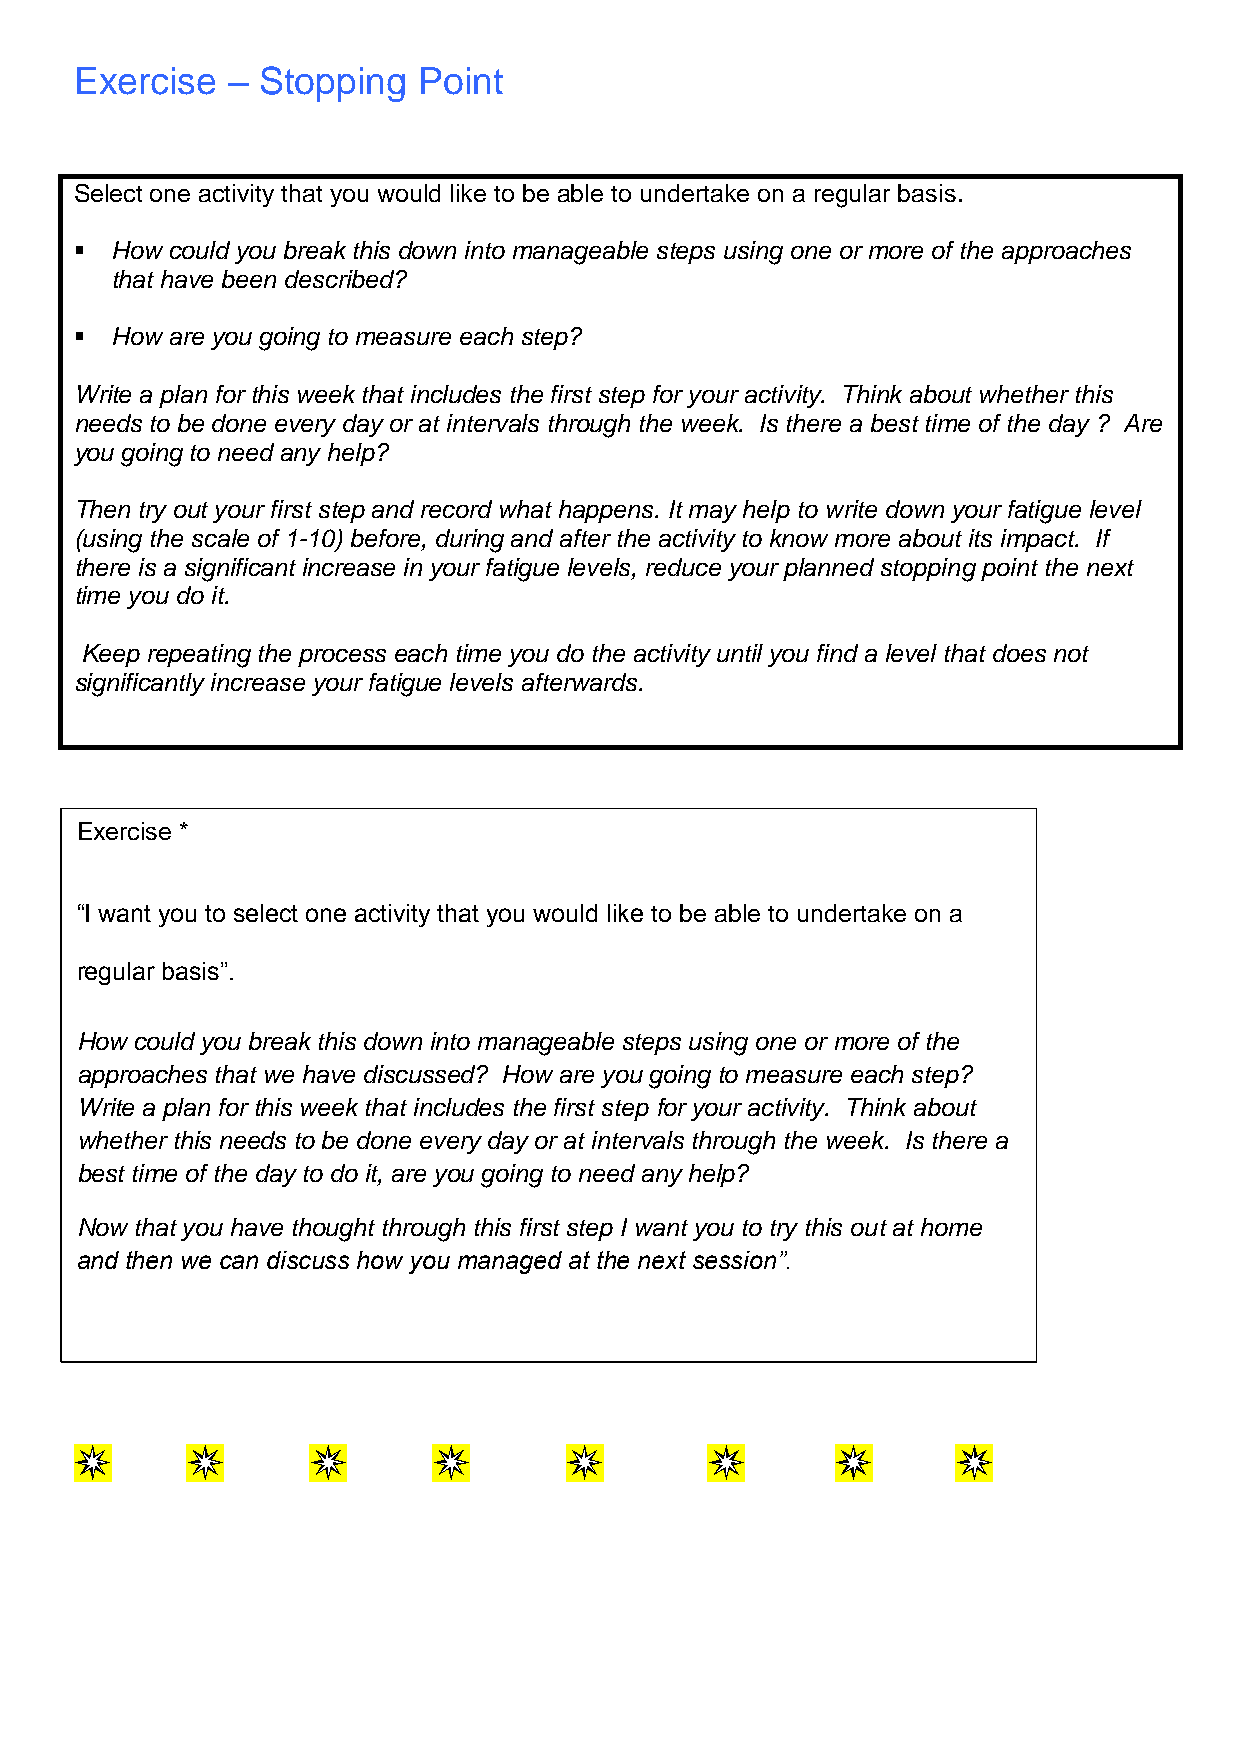
Exercise  – Stopping   Point
 Select one activity that you would like to be able to undertake on a regular basis.
  How could you break this down into manageable steps using one or more of the approaches
 that have been described?
  How are you going to measure each step?
 Write a plan for this week that includes the first step for your activity. Think about whether this
 needs to be done every day or at intervals through the week. Is there a best time of the day ? Are
 you going to need any help?
 Then try out your first step and record what happens. It may help to write down your fatigue level
 (using the scale of 1-10) before, during and after the activity to know more about its impact. If
 there is a significant increase in your fatigue levels, reduce your planned stopping point the next
 time you do it.
 Keep repeating the process each time you do the activity until you find a level that does not
 significantly increase your fatigue levels afterwards.
 Exercise *
 “I want you to select one activity that you would like to be able to undertake on a
 regular basis”.
 How could you break this down into manageable steps using one or more of the
 approaches that we have discussed? How are you going to measure each step?
 Write a plan for this week that includes the first step for your activity. Think about
 whether this needs to be done every day or at intervals through the week. Is there a
 best time of the day to do it, are you going to need any help?
 Now that you have thought through this first step I want you to try this out at home
 and then we can discuss how you managed at the next session”.